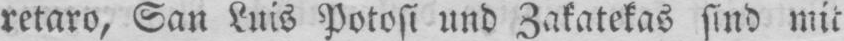
retaro, San Luis Potosi und Zakatekas sind mit